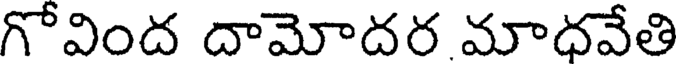
గోవింద దామోదర మాధవేతి